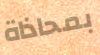
بمحاذاة